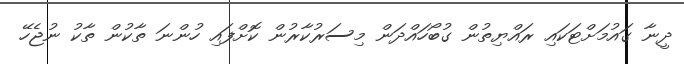
ދީނާ ގައުމަށްޓަކައި ރައްޔިތުން ގުބޯހައްދަން މިސަރުކާރުން ކޮށްފައި ހުންނަ ތާކުން ތާކު ނުޖެހޭ